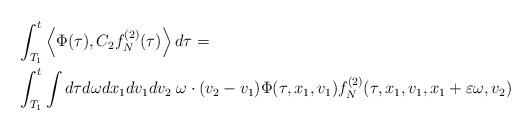
LaTeX: \begin{align*}\begin{aligned}& \int_{T_1}^t \left<\Phi (\tau),C_2 f_N^{(2)} (\tau) \right> d\tau = \\& \int_{T_1}^t\int d\tau d\omega dx_1 dv_1 dv_2 \; \omega \cdot (v_2 - v_1)\Phi (\tau,x_1,v_1)f_N^{(2)} (\tau,x_1,v_1,x_1+\varepsilon \omega,v_2)\end{aligned}\end{align*}